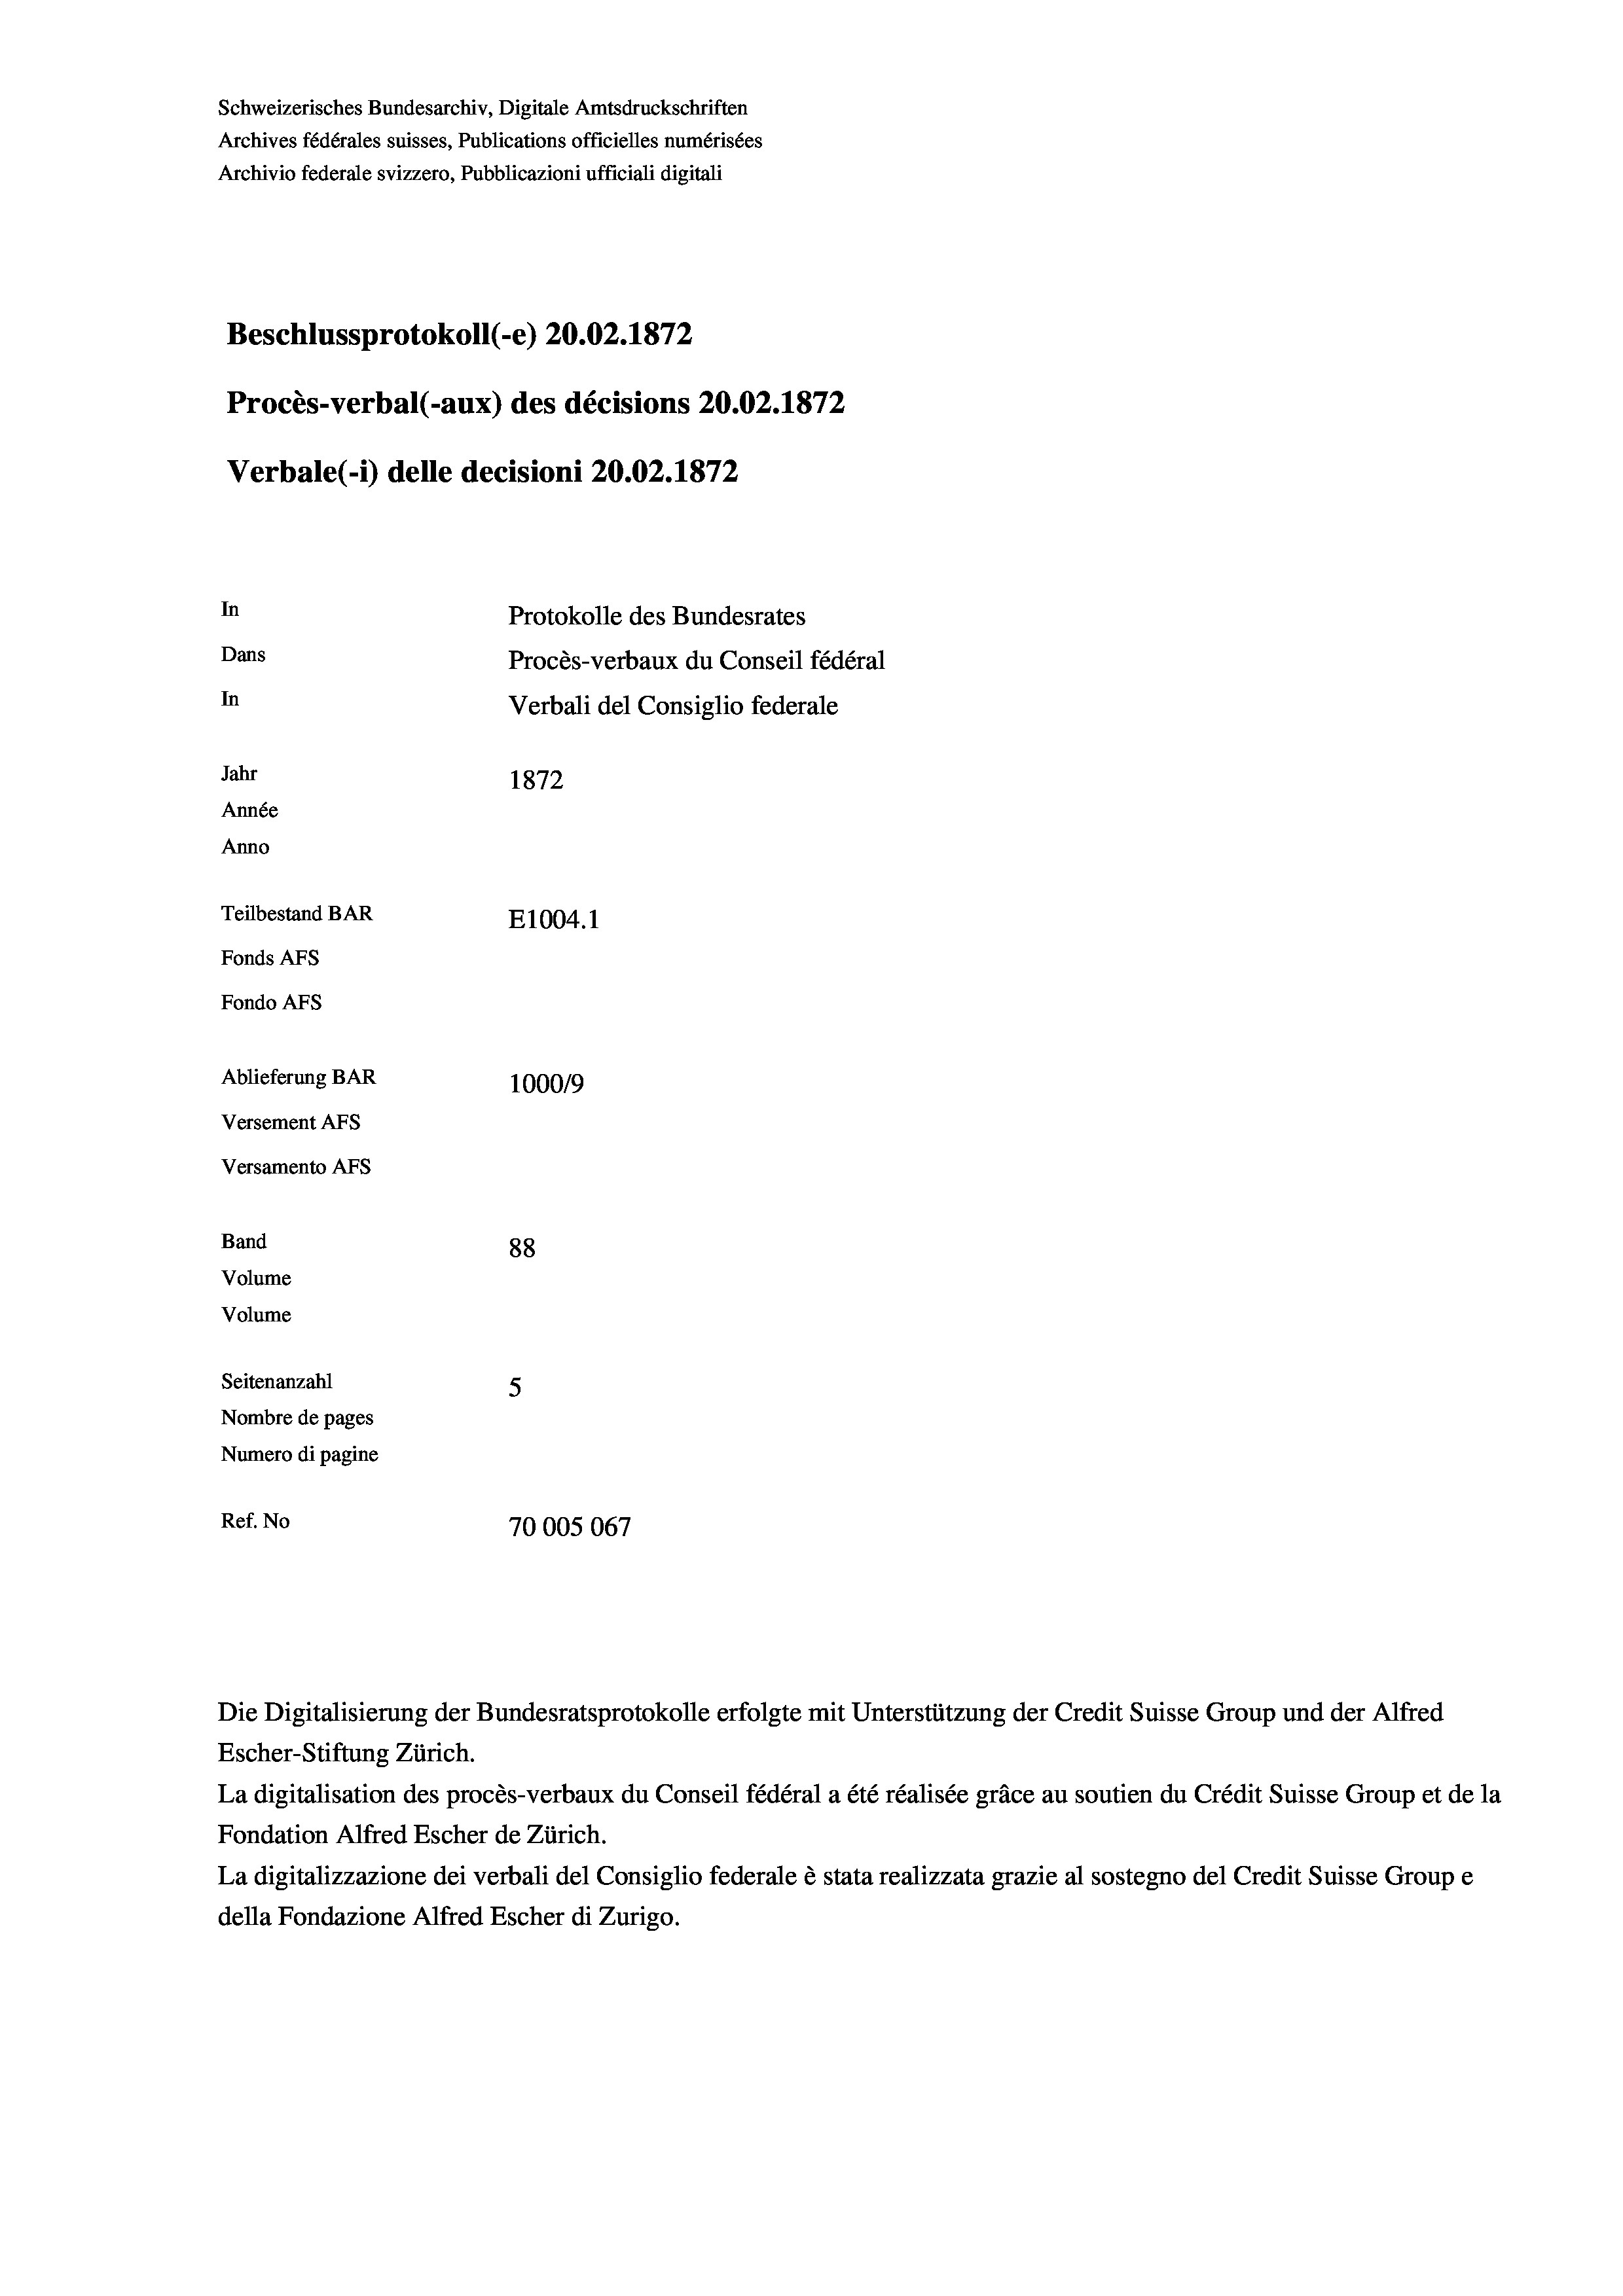
Schweizerisches Bundesarchiv, Digitale Amtsdruckschriften
Archives fédérales suisses, Publications officielles numérisées
Archivio federale svizzero, Pubblicazioni ufficiali digitali
Beschlussprotokoll (-e) 20.02. 1872
Procès-verbal (-aux) des décisions 20.02. 1872
Verbale (- 1) delle decisioni 20.02. 1872
In
Protokolle des Bundesrates
Dans
Procès-verbaux du Conseil fédéral
In
Verbali del Consiglio federale
Jahr
1872
Année
Anno
Teilbestand BAR
E1004. 1
Fonds AFs
Fondo AFs
Ablieferung BAR
100019
Versement AFS
Versamento AFs
Band
88
Volume
Volume
Seitenanzahl
5
Nombre de pages
Numero di pagine
Ref. No
70005067

Die Digitalisierung der Bundesratsprotokolle erfolgte mit Unterstützung der Credit Suisse Group und der Alfred

Escher-Stiftung Zürich.
La digitalisation des procès-verbaux du Conseil fédéral a été réalisée gräce au soutien du Crédit Suisse Group et de la
Fondation Alfred Escher de Zürich.
La digitalizzazione dei verbali del Consiglio federale è stata realizzata grazie al sostegno del Credit Suisse Groupe
della Fondazione Alfred Escher di Zurigo.